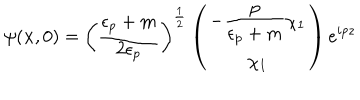
\psi ( { \bf x } , 0 ) = \left( \frac { \epsilon _ { p } + m } { 2 \epsilon _ { p } } \right) ^ { \frac { 1 } { 2 } } \left( \begin{array} { c } { { { \displaystyle - \frac { p } { \epsilon _ { p } + m } } \chi _ { 1 } } } \\ { { \chi _ { 1 } } } \\ \end{array} \right) e ^ { i p z }